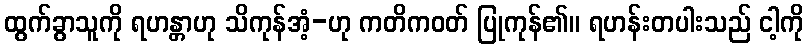
ထွက်ခွာသူကို ရဟန္တာဟု သိကုန်အံ့-ဟု ကတိကဝတ် ပြုကုန်၏။ ရဟန်းတပါးသည် ငါ့ကို